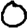
Digit: 0